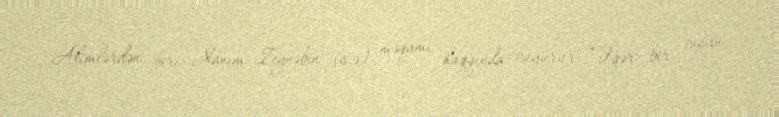
Alimlərdən biri Xanım Zeynəbin (s.ə) məqamı haqqında buyurur: “Əgər bir insan